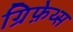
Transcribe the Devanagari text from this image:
ग्रिफ़ेथ्स